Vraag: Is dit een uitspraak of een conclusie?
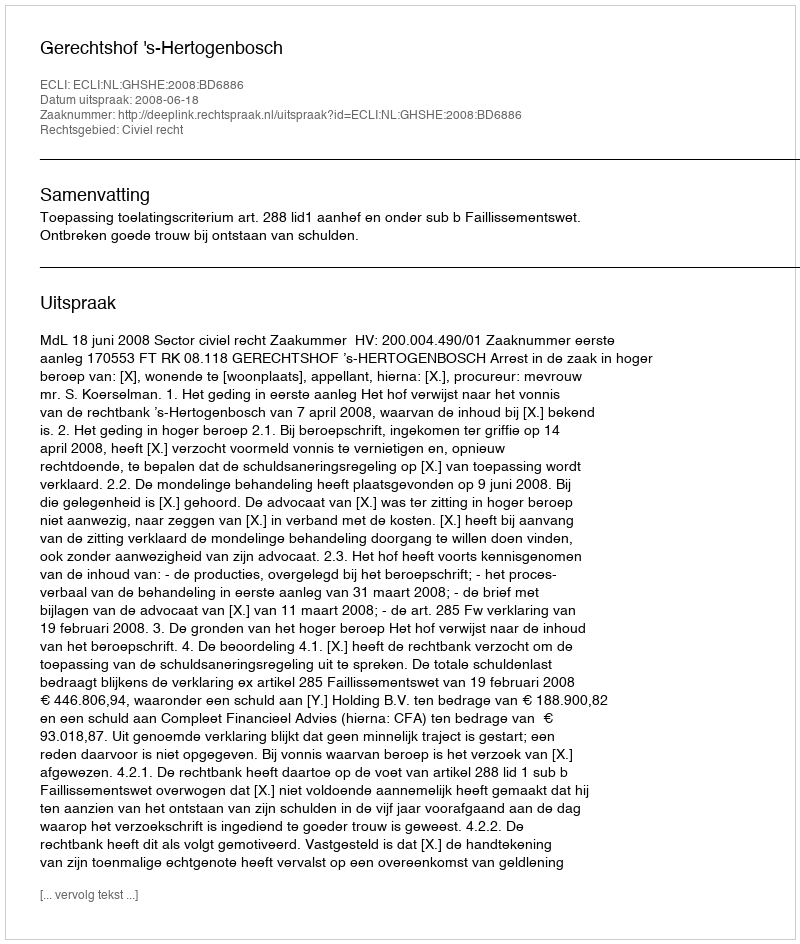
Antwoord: Uitspraak